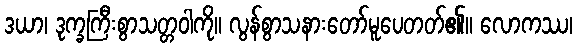
ဒယာ၊ ဒုက္ခကြီးစွာသတ္တဝါကို။ လွန်စွာသနားတော်မူပေတတ်၏။ လောကဿ၊